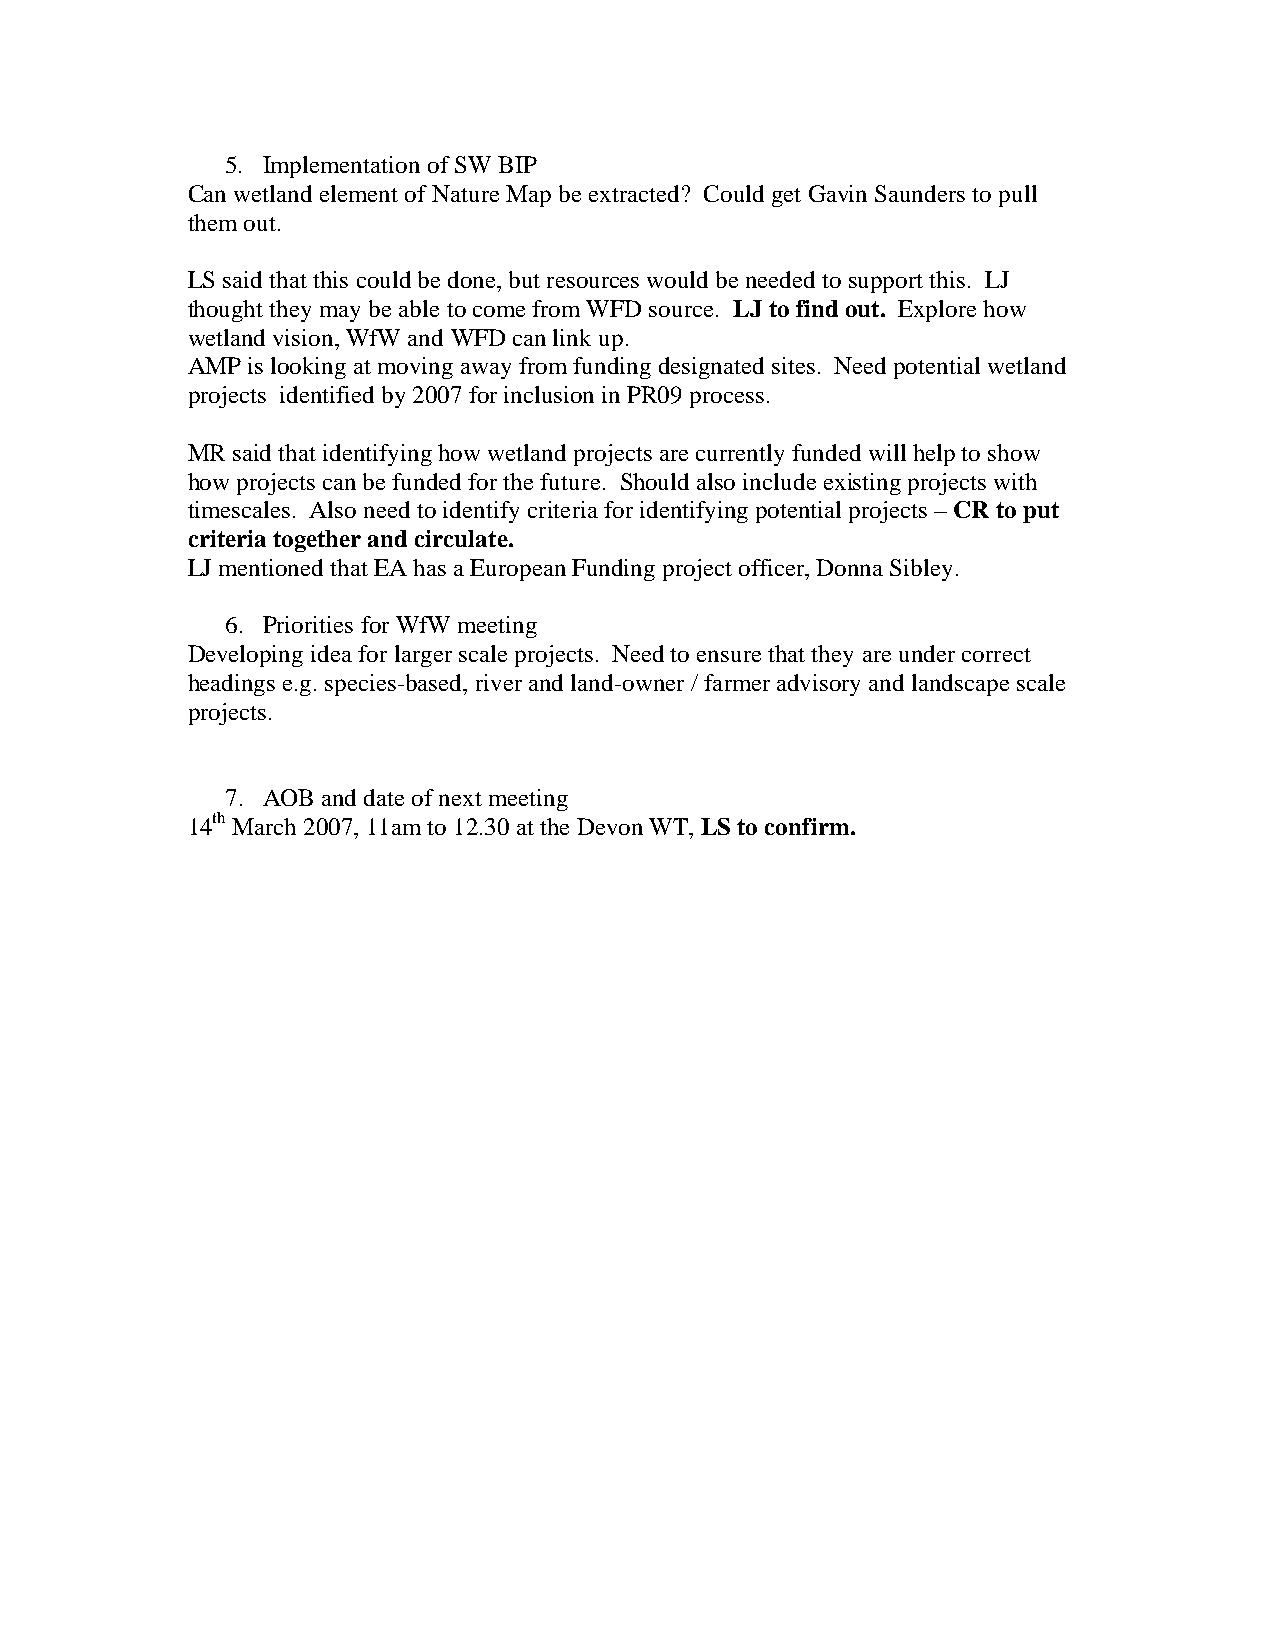
5. Implementation of SW BIP
 Can wetland element of Nature Map be extracted? Could get Gavin Saunders to pull
 them out.
 LS said that this could be done, but resources would be needed to support this. LJ
 thought they may be able to come from WFD source. LJ to find out. Explore how
 wetland vision, WfW and WFD can link up.
 AMP is looking at moving away from funding designated sites. Need potential wetland
 projects identified by 2007 for inclusion in PR09 process.
 MR said that identifying how wetland projects are currently funded will help to show
 how projects can be funded for the future. Should also include existing projects with
 timescales. Also need to identify criteria for identifying potential projects – CR to put
 criteria together and circulate.
 LJ mentioned that EA has a European Funding project officer, Donna Sibley.
 6. Priorities for WfW meeting
 Developing idea for larger scale projects. Need to ensure that they are under correct
 headings e.g. species-based, river and land-owner / farmer advisory and landscape scale
 projects.
 7. AOB and date of next meeting
 14th March 2007, 11am to 12.30 at the Devon WT, LS to confirm.